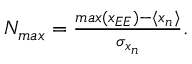
\begin{array} { r } { N _ { m a x } = \frac { m a x ( x _ { E E } ) - \langle x _ { n } \rangle } { \sigma _ { x _ { n } } } . } \end{array}